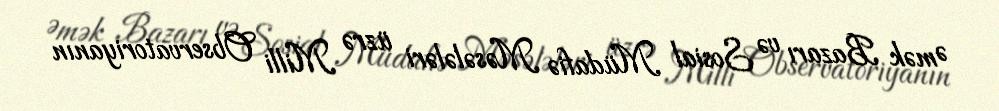
Əmək Bazarı və Sosial Müdafiə Məsələləri üzrə Milli Observatoriyanın